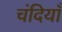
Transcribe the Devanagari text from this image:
चंदियाँ